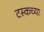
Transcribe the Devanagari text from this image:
टस्कच्या